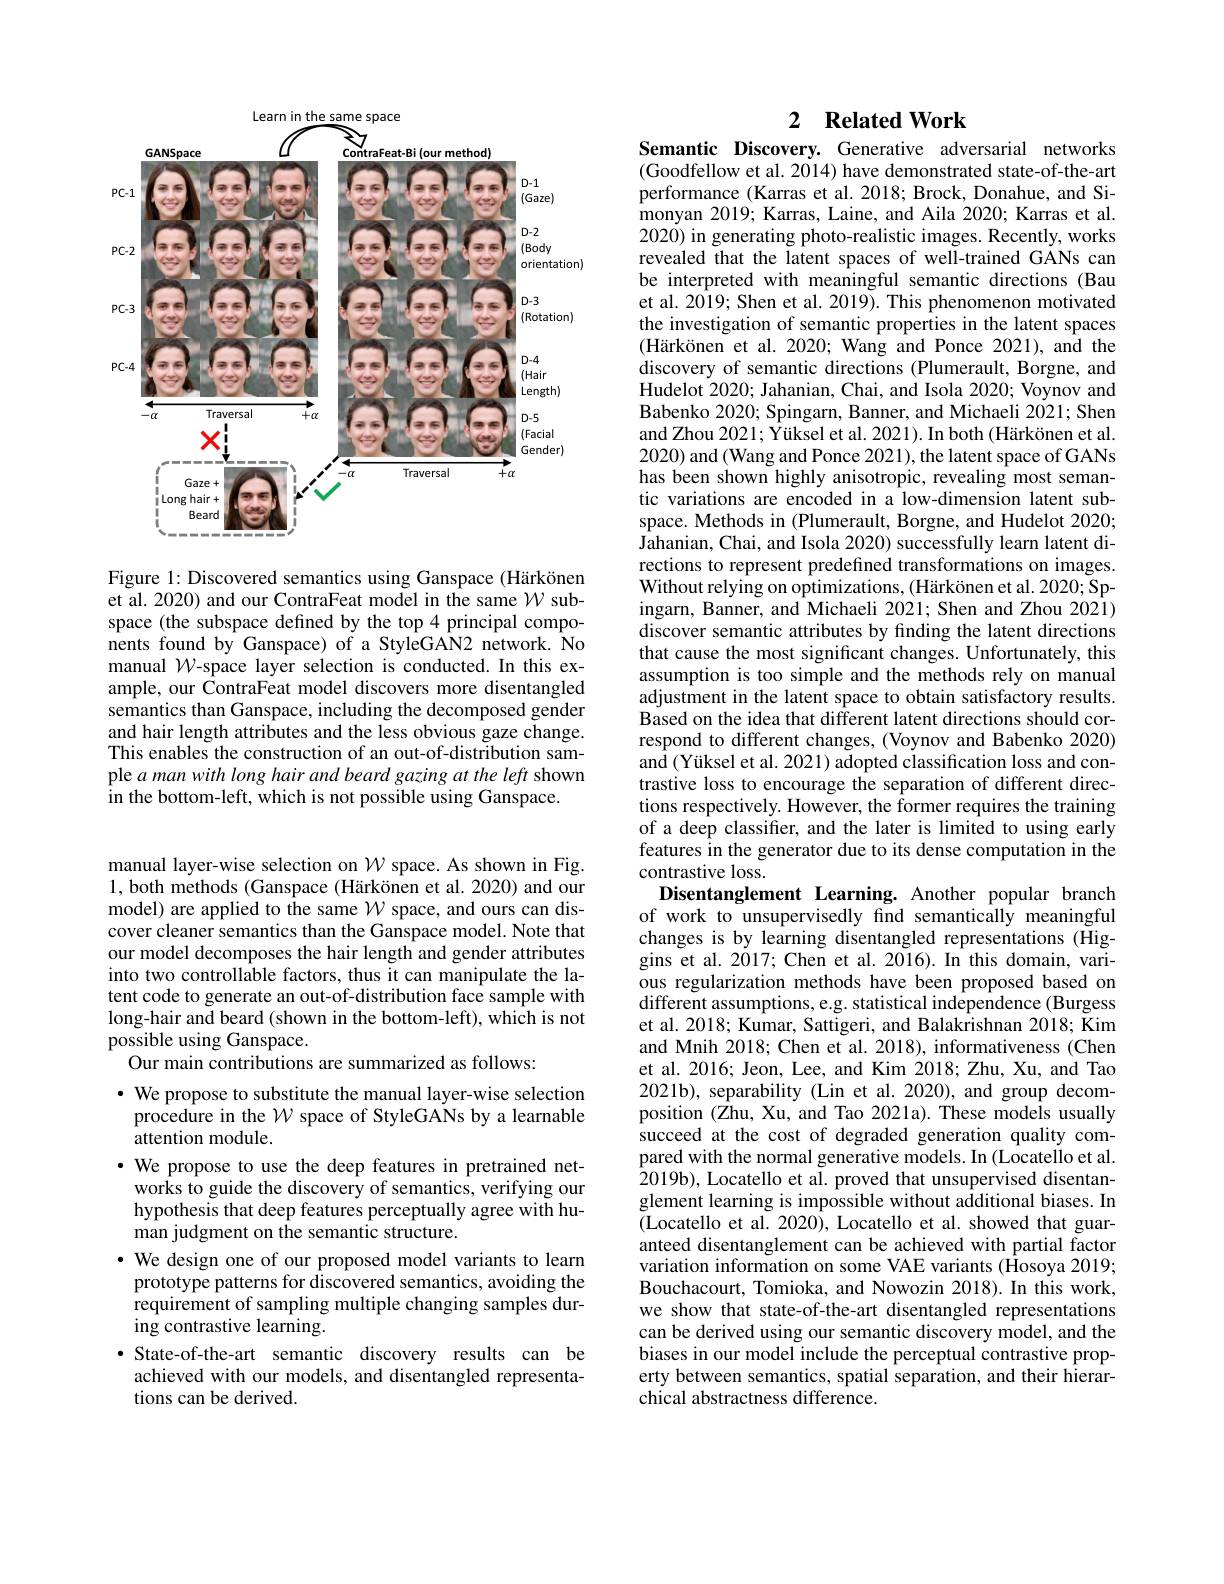
<FigureHere>

Figure 1: Discovered semantics using Ganspace (Härkönen et al. 2020) and our ContraFeat model in the same $\mathcal{W}$ subspace (the subspace defined by the top 4 principal components found by Ganspace) of a StyleGAN2 network. No manual $\mathcal{W}$-space layer selection is conducted. In this example, our ContraFeat model discovers more disentangled semantics than Ganspace, including the decomposed gender and hair length attributes and the less obvious gaze change. This enables the construction of an out-of-distribution sample a man with long hair and beard gazing at the left shown in the bottom-left, which is not possible using Ganspace.

manual layer-wise selection on $\mathcal{W}$ space. As shown in Fig. 1, both methods (Ganspace (Härkönen et al. 2020) and our model) are applied to the same $\mathcal{W}$ space, and ours can discover cleaner semantics than the Ganspace model. Note that our model decomposes the hair length and gender attributes into two controllable factors, thus it can manipulate the latent code to generate an out-of-distribution face sample with long-hair and beard (shown in the bottom-left), which is not possible using Ganspace.
Our main contributions are summarized as follows:
· We propose to substitute the manual layer-wise selection procedure in the $\mathcal{W}$ space of StyleGANs by a learnable attention module.
$\cdot$ We propose to use the deep features in pretrained networks to guide the discovery of semantics, verifying our hypothesis that deep features perceptually agree with human judgment on the semantic structure.
$\cdot$ We design one of our proposed model variants to learn prototype patterns for discovered semantics, avoiding the requirement of sampling multiple changing samples duringcontrastive learning.
State-of-the-art semantic discovery results can be achieved with our models, and disentangled representations can be derived.

## 2 $\textbf{Related Work}$

Semantic Discovery. Generative adversarial networks (Goodfellow et al. 2014) have demonstrated state-of-the-art performance (Karras et al. 2018; Brock, Donahue, and Simonyan 2019; Karras, Laine, and Aila 2020; Karras et al. 2020) in generating photo-realistic images. Recently, works revealed that the latent spaces of well-trained GANs can be interpreted with meaningful semantic directions (Bau et al. 2019; Shen et al. 2019). This phenomenon motivated the investigation of semantic properties in the latent spaces $( \text{H\"{a} rk\"{o} nen et al. 2020; Wang and Ponce 2021) , and the}$ discovery of semantic directions (Plumerault, Borgne, and Hudelot 2020; Jahanian, Chai, and Isola 2020; Voynov and Babenko 2020; Spingarn, Banner, and Michaeli 2021; Shen and Zhou 2021; Yüksel et al. 2021). In both (Härkönen et al. 2020) and (Wang and Ponce 2021), the latent space of GANs has been shown highly anisotropic, revealing most semantic variations are encoded in a low-dimension latent subspace. Methods in (Plumerault, Borgne, and Hudelot 2020; $\hat{\text{Jahanian, Chai, and Isola 2020) successfully learn latent di-}}$ rections to represent predefined transformations on images. Without relying on optimizations, (Härkönen et al. 2020; Spingarn, Banner, and Michaeli 2021; Shen and Zhou 2021) discover semantic attributes by finding the latent directions that cause the most significant changes. Unfortunately, this assumption is too simple and the methods rely on manual adjustment in the latent space to obtain satisfactory results. Based on the idea that different latent directions should correspond to different changes, (Voynov and Babenko 2020) and (Yüksel et al. 2021) adopted classification loss and contrastive loss to encourage the separation of different directions respectively. However, the former requires the training of a deep classifier, and the later is limited to using early features in the generator due to its dense computation in the contrastive loss.
Disentanglement Learning. Another popular branch of work to unsupervisedly find semantically meaningful changes is by learning disentangled representations (Higgins et al. 2017; Chen et al. 2016). In this domain, various regularization methods have been proposed based on different assumptions, e.g. statistical independence (Burgess et al. 2018; Kumar, Sattigeri, and Balakrishnan 2018; Kim and Mnih 2018; Chen et al. 2018), informativeness (Chen et al. 2016; Jeon, Lee, and Kim 2018; Zhu, Xu, and Tao 2021b), separability (Lin et al. 2020), and group decomposition (Zhu, Xu, and Tao 2021a). These models usually succeed at the cost of degraded generation quality compared with the normal generative models. In (Locatello et al. 2019b), Locatello et al. proved that unsupervised disentanglement learning is impossible without additional biases. In (Locatello et al. 2020), Locatello et al. showed that guaranteed disentanglement can be achieved with partial factor variation information on some VAE variants (Hosoya 2019; Bouchacourt, Tomioka, and Nowozin 2018). In this work, we show that state-of-the-art disentangled representations can be derived using our semantic discovery model, and the biases in our model include the perceptual contrastive property between semantics, spatial separation, and their hierarchical abstractness difference.